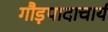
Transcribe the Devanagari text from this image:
गौड़पादाचार्य